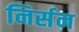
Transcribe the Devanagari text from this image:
निर्सन